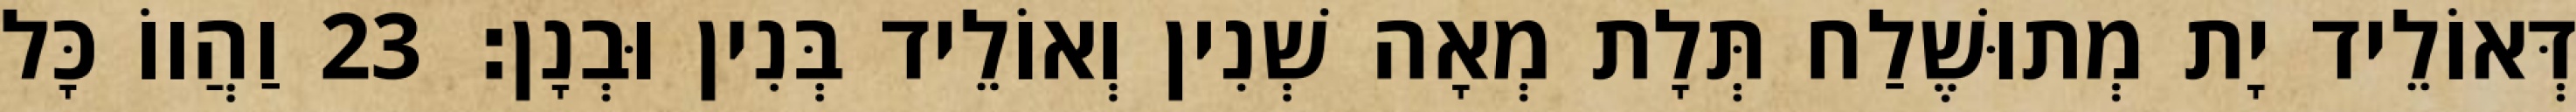
דְּאוֹלֵיד יָת מְתוּשֶׁלַח תְּלָת מְאָה שְׁנִין וְאוֹלֵיד בְּנִין וּבְנָן׃ 23 וַהֲווֹ כָּל